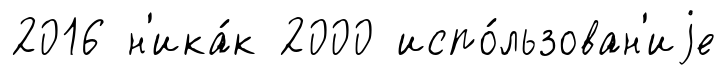
2016 н'ика́к 2000 испо́льзован'иjе